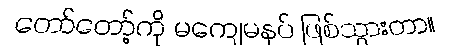
တော်တော့်ကို မကျေမနပ် ဖြစ်သွားတာ။